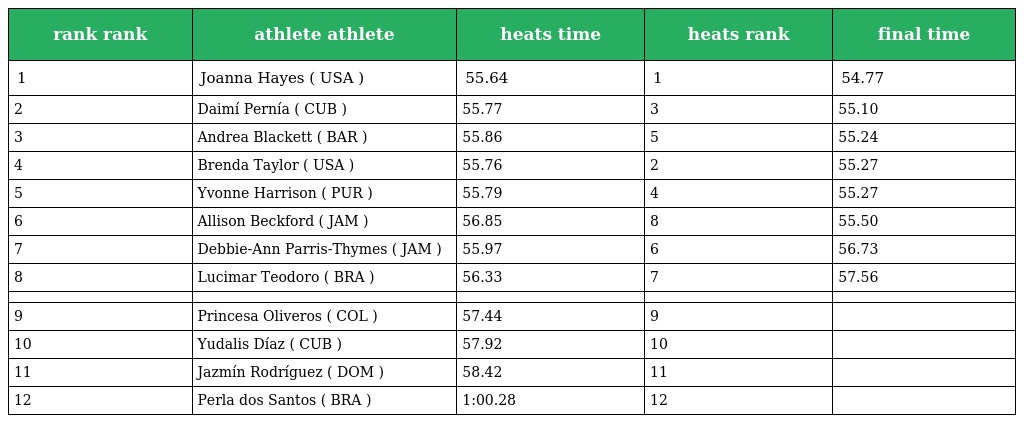
| rank rank | athlete athlete | heats time | heats rank | final time |
 | --- | --- | --- | --- | --- |
 | 1 | Joanna Hayes ( USA ) | 55.64 | 1 | 54.77 |
 | 2 | Daimí Pernía ( CUB ) | 55.77 | 3 | 55.10 |
 | 3 | Andrea Blackett ( BAR ) | 55.86 | 5 | 55.24 |
 | 4 | Brenda Taylor ( USA ) | 55.76 | 2 | 55.27 |
 | 5 | Yvonne Harrison ( PUR ) | 55.79 | 4 | 55.27 |
 | 6 | Allison Beckford ( JAM ) | 56.85 | 8 | 55.50 |
 | 7 | Debbie-Ann Parris-Thymes ( JAM ) | 55.97 | 6 | 56.73 |
 | 8 | Lucimar Teodoro ( BRA ) | 56.33 | 7 | 57.56 |
 |  |  |  |  |  |
 | 9 | Princesa Oliveros ( COL ) | 57.44 | 9 |  |
 | 10 | Yudalis Díaz ( CUB ) | 57.92 | 10 |  |
 | 11 | Jazmín Rodríguez ( DOM ) | 58.42 | 11 |  |
 | 12 | Perla dos Santos ( BRA ) | 1:00.28 | 12 |  |